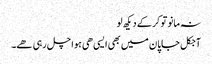
نہ مانو تو کر کے دیکھ لو
آجکل جاپان میں بھی ایسی ھی ہوا چل رہی ھے۔